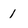
Character: 1